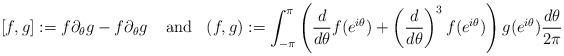
LaTeX: \begin{align*}{[}f,g]:= f \partial_\theta g - f \partial_\theta g\;\;\;\;\textrm{and} \;\;\; (f,g):= \int_{-\pi}^{\pi}\left(\frac{d}{d\theta} f(e^{i\theta}) + \left(\frac{d}{d\theta}\right)^3 f(e^{i\theta}) \right)g(e^{i\theta})\frac{d\theta}{2\pi}\end{align*}